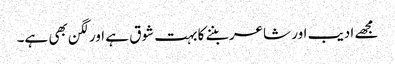
مجھے ادیب اور شاعر بننے کا بہت شوق ہے اور لگن بھی ہے۔